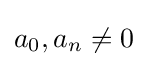
a_{0},a_{n}\neq 0